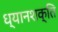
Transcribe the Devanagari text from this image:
ध्यानशक्ति